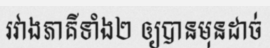
រវាងភាគីទាំង២ ឲ្យបានមុនដាច់